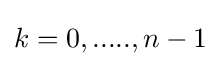
k=0,.....,n-1